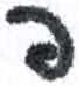
אות: פ